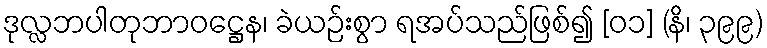
ဒုလ္လဘပါတုဘာဝဋ္ဌေန၊ ခဲယဉ်းစွာ ရအပ်သည်ဖြစ်၍ [၀၁] (နိ၊ ၃၉၉)